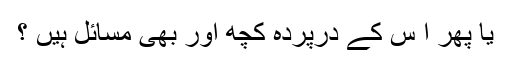
یا پھر ا س کے درپردہ کچھ اور بھی مسائل ہیں ؟